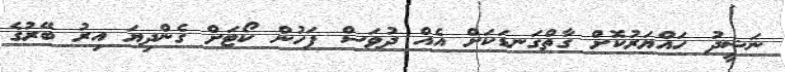
ނަޝީދު ހައްޔަރުކޮށް ގާތްގަނޑަކަށް އެއް ދުވަސް ފަހުން ކޯޓަށް ގެންދިޔަ އިރު ބޭރުގެ